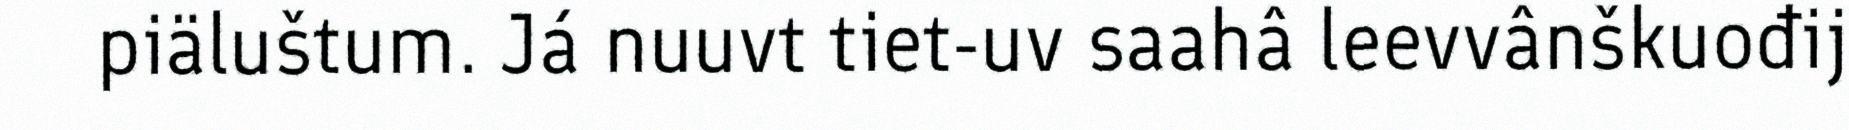
piäluštum. Já nuuvt tiet-uv saahâ leevvânškuođij